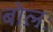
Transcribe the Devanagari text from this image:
बोलः